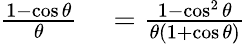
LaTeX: \begin{array}{rl}{{\frac{1-\cos\theta}{\theta}}}&{{}={\frac{1-\cos^{2}\theta}{\theta(1+\cos\theta)}}}\end{array}